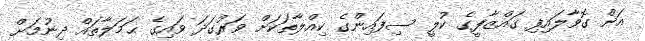
އަށް ގޮވާލައިފި ގައްޒާފީގެ ކުލީ ސިފައިންގެ ކިއްލާތަކަށް ވަރުގަދަ ވައިގެ ޙަމަލާތައް ދިނުމަށް